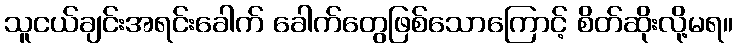
သူငယ်ချင်းအရင်းခေါက် ခေါက်တွေဖြစ်သောကြောင့် စိတ်ဆိုးလို့မရ။